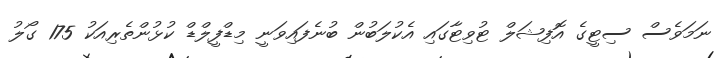
ނަމަވެސް ސިޓީގެ އޮފިޝަލް ޓުވިޓާގައި އެކުލަބުން ބުނެފައިވަނީ މިޑްފީލްޑް ކުޅުންތެރިއަކު 175 ގޯލު